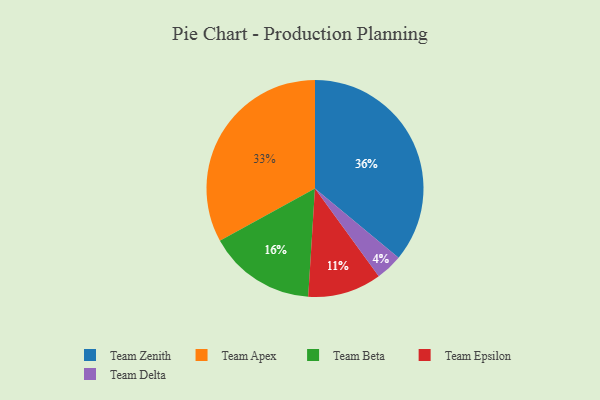
{"axis": {"x": "Category", "y": "Percentage"}, "legend": ["Team Apex", "Team Beta", "Team Delta", "Team Epsilon", "Team Zenith"], "data": [{"x": "Team Apex", "y": 33, "type": "Team Apex"}, {"x": "Team Epsilon", "y": 11, "type": "Team Epsilon"}, {"x": "Team Beta", "y": 16, "type": "Team Beta"}, {"x": "Team Delta", "y": 4, "type": "Team Delta"}, {"x": "Team Zenith", "y": 36, "type": "Team Zenith"}]}